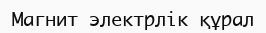
Магнит электрлік құрал